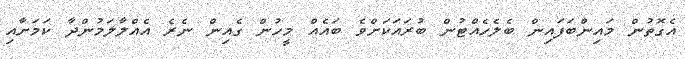
އެގޮތުން މައިންބަފައިން ބެލެހެއްޓުން ބުރައަކަށްވެ ބައެއް މީހުން ގެއިން ނެރެ އެއްލާލަމުންދާ ކަމަށާއި